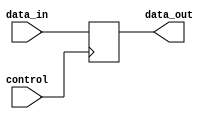
module bidirectional_buffer (
    input wire data_in,
    output reg data_out,
    input wire control
);

always @ (posedge control) begin
    if (control)
        data_out <= data_in;
    else
        data_out <= 1'b0;
end

endmodule